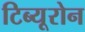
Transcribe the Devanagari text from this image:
टिब्यूरोन